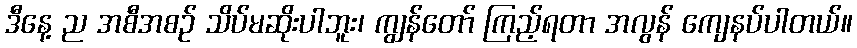
ဒီနေ့ ည အစီအစဉ် သိပ်မဆိုးပါဘူး၊ ကျွန်တော် ကြည့်ရတာ အလွန် ကျေနပ်ပါတယ်။